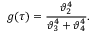
g ( \tau ) = \frac { \vartheta _ { 2 } ^ { 4 } } { \vartheta _ { 3 } ^ { 4 } + \vartheta _ { 4 } ^ { 4 } } .